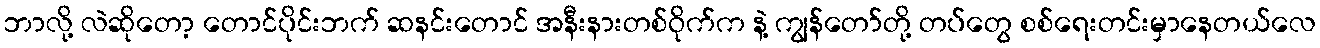
ဘာလို့ လဲဆိုတော့ တောင်ပိုင်းဘက် ဆနင်းတောင် အနီးနားတစ်ဝိုက်က နဲ့ ကျွန်တော်တို့ တပ်တွေ စစ်ရေးတင်းမှာနေတယ်လေ